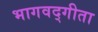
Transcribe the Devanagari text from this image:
भागवद्गीता